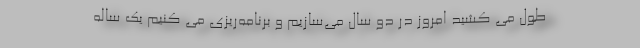
طول می کشید امروز در دو سال می‌سازیم و برنامه‌ریزی می کنیم یک ساله